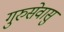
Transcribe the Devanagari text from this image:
गुरुसेवासु